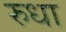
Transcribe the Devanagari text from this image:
रुधा